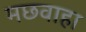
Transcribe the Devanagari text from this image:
मछवाहा